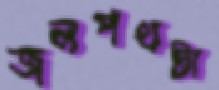
জলপথটা